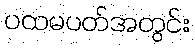
ပထမပတ်အတွင်း